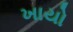
ખાયો